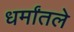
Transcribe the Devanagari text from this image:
धर्मांतले